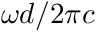
\omega d / 2 \pi c